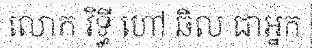
លោក វិទ្ធី ហៅ ឆិល ជាអ្នក